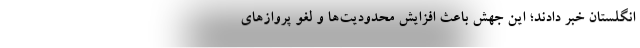
انگلستان خبر دادند؛ این جهش باعث افزایش محدودیت‌‌ها و لغو پروازهای